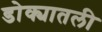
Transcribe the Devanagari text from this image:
डोक्यातली